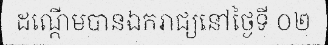
ដណ្តើមបានឯករាជ្យនៅថ្ងៃទី ០២